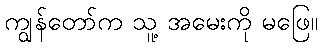
ကျွန်တော်က သူ့ အမေးကို မဖြေ။